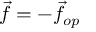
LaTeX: { \vec { f } } = - { \vec { f } } _ { o p }